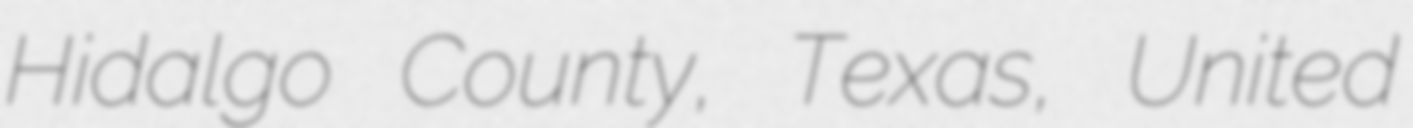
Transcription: Hidalgo County, Texas, United